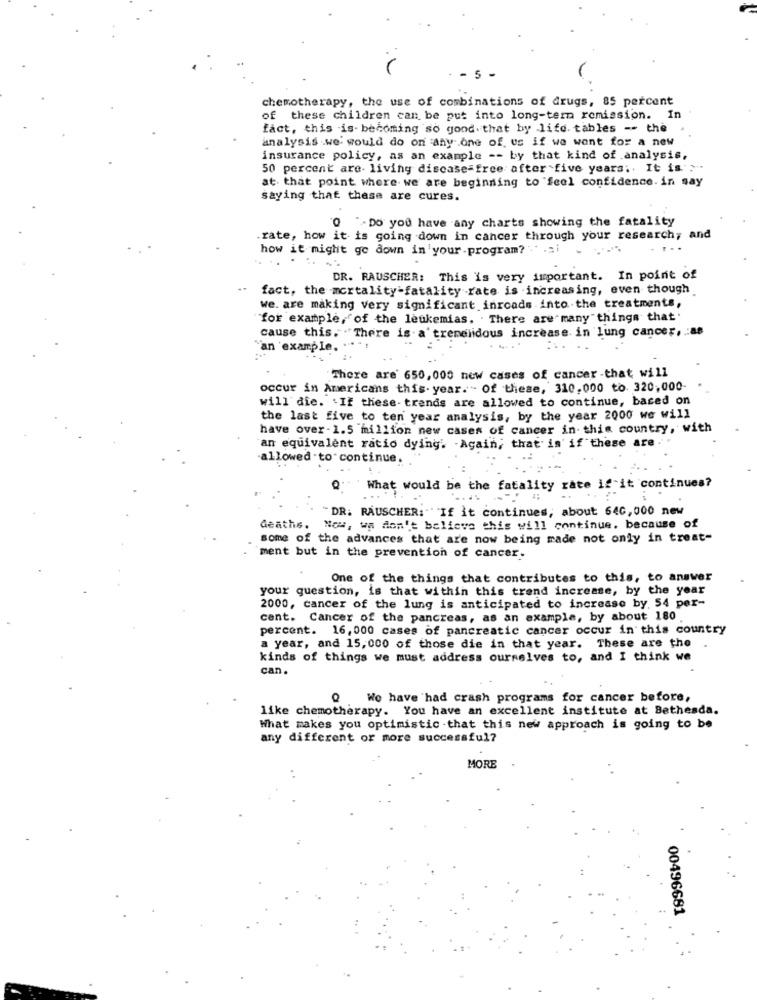
chemotherapy, the use of combinations of drugs, 85 percent
of these children can be put into long-term remission. In
fact, this is- becoming so good that by life. tables -- the
analysis .we would do on any one of us if we wont for a new
insurance policy, as an example -- by that kind of .analysis,
50 percent are- living discase=free after five years ;. It is >"
at that point where we are beginning to feel confidence. in say
saying that these are cures.
"0 "-Do you have any charts showing the fatality
.rate, how it- is going down in cancer through your research, and
how it might go down in 'your-program? .* . si
DR. RAUSCHER: This is very important. In point of
fact, the mortality-fatality rate is increasing, even though
we. are making very significant inroads into the treatments,
"for example,"of the leukemias. There are many things that'
cause this. ""There is a' trenelidous increase in lung cancer, : as
"an example. ..
There are 650,000 new cases of cancer that will
occur in Americans this. year. - of these, 310,000 to. 320,000-
will die. If these- trends are allowed to continue, based on
the last five to ten year analysis, by the year 2000 we will
have over-1.5 million new cases of cancer in this country, with
an equivalent ratio dying. - Again, that is if these are .
-allowed -to continue.
Q: What would be the fatality rate if it continues?
-DR: RAUSCHER: " If it continues, about 640,000 new
deaths. Now, wa don't believe this will continue. because of
some of the advances that are now being made not only in treat-
ment but in the prevention of cancer.
One of the things that contributes to this, to answer
your question, is that within this trend increase, by the year
2000, cancer of the lung is anticipated to increase by. 54 per-
cent. Cancer of the pancreas, as an example, by about 180
percent. 16, 000 cases of pancreatic cancer occur in this country
a year, and 15,000 of those die in that year. These are the
kinds of things we must address ourselves to, and I think we
can.
.We have had crash programs for cancer before,
like chemotherapy. You have an excellent institute at Bethesda.
What makes you optimistic .that this new approach is going to be
any different or more successful?
MORE
00496681